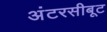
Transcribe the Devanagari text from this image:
अंटरसीबूट